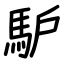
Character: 馿